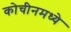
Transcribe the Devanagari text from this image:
कोचीनमध्ये